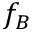
f _ { B }